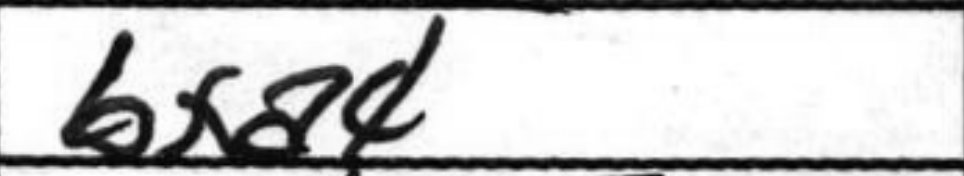
Transcription: bxa4